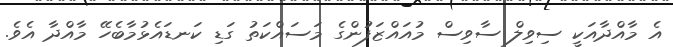
އެ މާއްދާއަކީ ސިވިލް ސާވިސް މުއައްޒަފުންގެ މަސައްކަތު ގަޑި ކަނޑައެޅުމާބެހޭ މާއްދާ އެވެ.